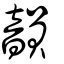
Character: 韻